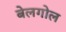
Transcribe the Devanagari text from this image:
बेलगोल